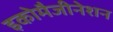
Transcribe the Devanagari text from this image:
इकोमैजीनेशन